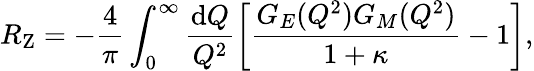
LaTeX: R_{\mathrm{Z}}=-\frac{4}{\pi}\int_{0}^{\infty}\frac{\mathrm{d}Q}{Q^{2}}\left[\frac{G_{E}(Q^{2})G_{M}(Q^{2})}{1+\kappa}-1\right],